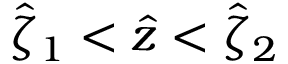
\hat { \zeta } _ { 1 } < \hat { z } < \hat { \zeta } _ { 2 }